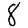
Digit: 8